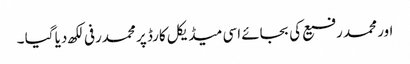
اور محمد رفیع کی بجائے اسی میڈیکل کارڈ پر محمدرفی لکھ دیا گیا ۔